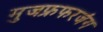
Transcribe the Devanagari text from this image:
मुजफ्रफरजंग